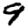
Digit: 9